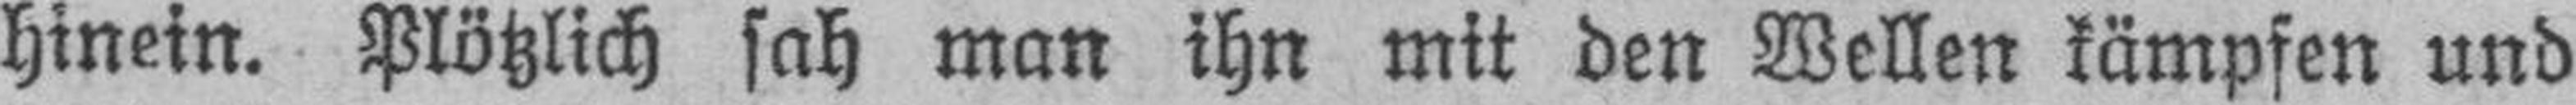
hinein. Plötzlich sah man ihn mit den Wellen kämpfen und